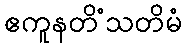
ဧကူနတိံသတိမံ